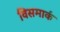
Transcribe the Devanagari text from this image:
विसमार्क